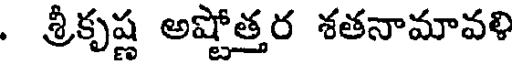
. శ్రీకృష్ణ అష్టోత్తర శతనామావళి